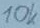
Text: 10K